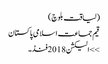
(لیاقت بلوچ)
قیم جماعت اسلامی پاکستان
>> الیکشن 2018فنڈ۔